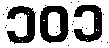
၁၀၁